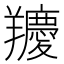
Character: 羻